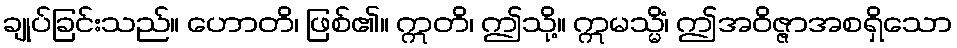
ချုပ်ခြင်းသည်။ ဟောတိ၊ ဖြစ်၏။ ဣတိ၊ ဤသို့။ ဣမသ္မိံ၊ ဤအဝိဇ္ဇာအစရှိသော